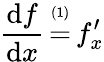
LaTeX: {\frac{\operatorname{d}\! f}{\operatorname{d}\! x}}\, {\overset{\underset{\mathrm{(1)}}{}}{=}}\, f_{x}^{\prime}